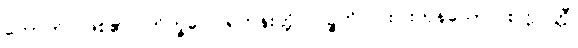
ဟောတိ၊ ဖြစ်၏။ ဘိက္ခဝေ၊ ရဟန်းတို့။ ပဉ္စဟိ၊ ငါးပါးကုန်သော။ စက္ကဝတ္တီ၊